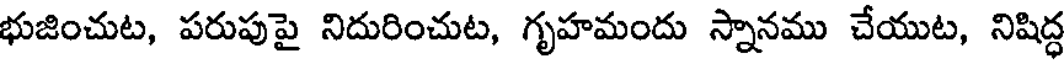
భుజించుట, పరుపుపై నిదురించుట, గృహమందు స్నానము చేయుట, నిషిద్ధ